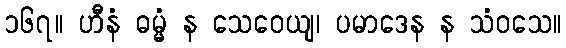
၁၆၇။ ဟီနံ ဓမ္မံ န သေဝေယျ၊ ပမာဒေန န သံဝသေ။